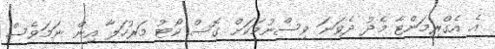
އެ އެގްރިމަންޓާ މެދު ދެވަނަ ވިސްނުމަކަށް ގޮސް ކޯޓު މަރުހަލާ އިން ނަމަވެސް